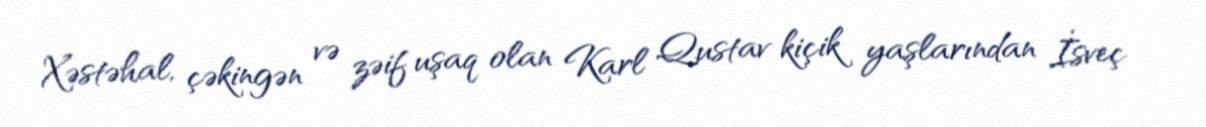
Xəstəhal, çəkingən və zəif uşaq olan Karl Qustav kiçik yaşlarından İsveç